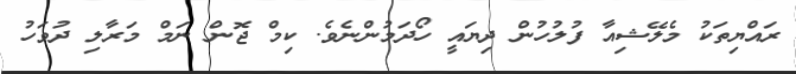
ރައްޔިތަކު މެލޭޝިއާ ފުލުހުން ދިޔައީ ހޯދަމުންނެވެ. ކިމް ޖޮން ނަމް މަރާލި ދުވަހު